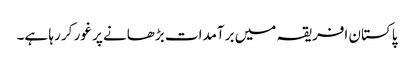
پاکستان افریقہ میں برآمدات بڑھانے پر غور کر رہا ہے۔